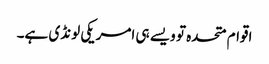
اقوام متحدہ تو ویسے ہی امریکی لونڈی ہے۔